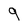
Character: 9